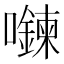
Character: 𡄮